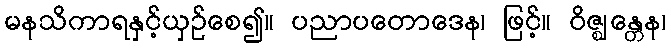
မနသိကာရနှင့်ယှဉ်စေ၍။ ပညာပတောဒေန၊ ဖြင့်။ ဝိဇ္ဈန္တေန၊